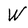
Character: W